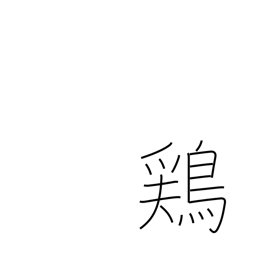
Meaning: chicken